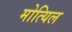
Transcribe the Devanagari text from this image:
मोत्यिल